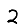
Digit: 2